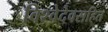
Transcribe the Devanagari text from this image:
विश्वेदेवसहित